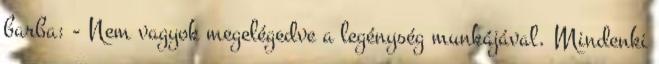
barba: - Nem vagyok megelégedve a legénység munkájával. Mindenki